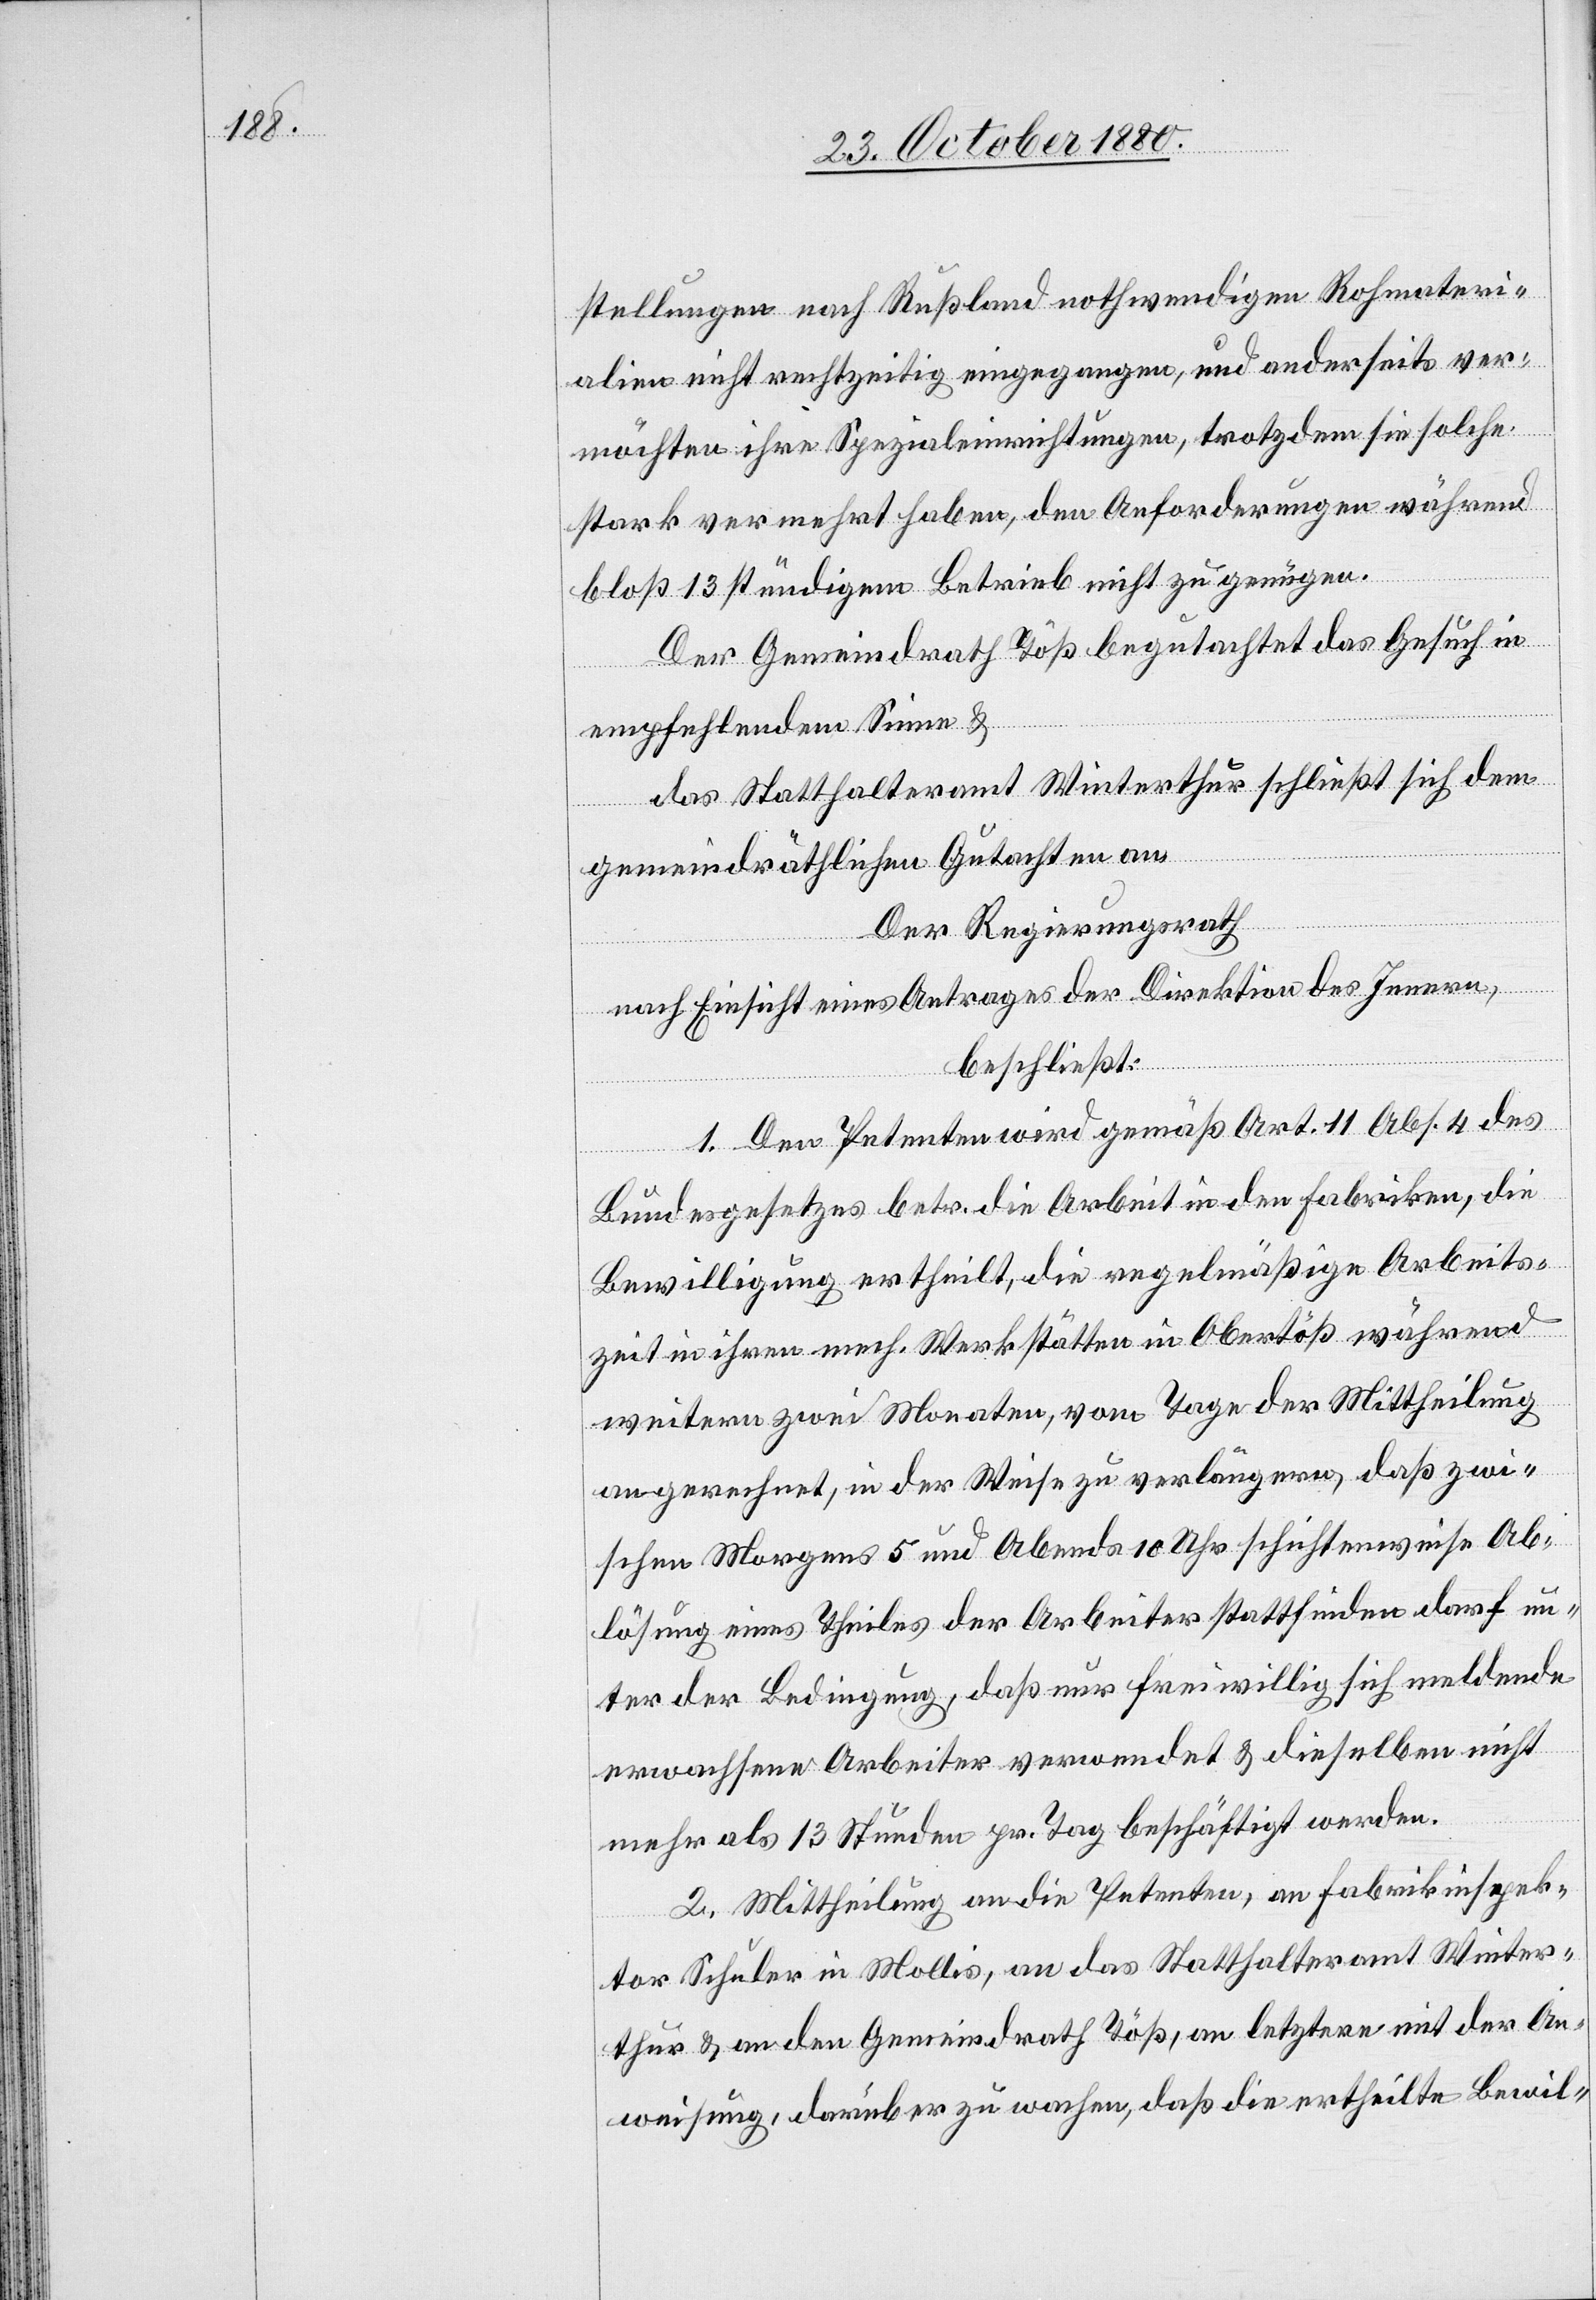
stellungen nach Rußland nothwendigen Rohmateri¬
alien nicht rechtzeitig eingegangen, und anderseits ver¬
möchten ihre Spezialeinrichtungen, trotzdem sie solche
stark vermehrt haben, den Anforderungen während
bloß 13stündigem Betrieb nicht zu genügen.
Der Gemeindrath Töß begutachtet das Gesuch in
empfehlendem Sinne &
das Statthalteramt Winterthur schließt sich dem
gemeindräthlichen Gutachten an.
Der Regierungsrath
nach Einsicht eines Antrages der Direktion des Innern,
beschließt:
1. Den Petenten wird gemäß Art. 11 Abs. 4 des
Bundesgesetzes betr. die Arbeit in den Fabriken, die
Bewilligung ertheilt, die regelmäßige Arbeits¬
zeit in ihren mech. Werkstätten in Obertöß während
weitern zwei Monaten, vom Tage der Mittheilung
an gerechnet, in der Weise zu verlängern, daß zwi¬
schen Morgens 5 und Abends 10 Uhr schichtenweise Ab¬
lösung eines Theiles der Arbeiter stattfinden darf un¬
ter der Bedingung, daß nur freiwillig sich meldende
erwachsene Arbeiter verwendet & dieselben nicht
mehr als 13 Stunden pr. Tag beschäftigt werden.
2. Mittheilung an die Petenten, an Fabrikinspek¬
tor Schuler in Mollis, an das Statthalteramt Winter¬
thur & an den Gemeindrath Töß, an letztern mit der An¬
weisung, darüber zu wachen, daß die ertheilte Bewil-